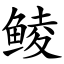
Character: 鲮